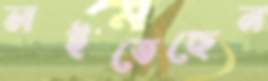
লইতেছেন